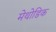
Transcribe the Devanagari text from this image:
मेथोडिक